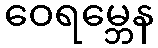
ဝေရမ္ဘေန